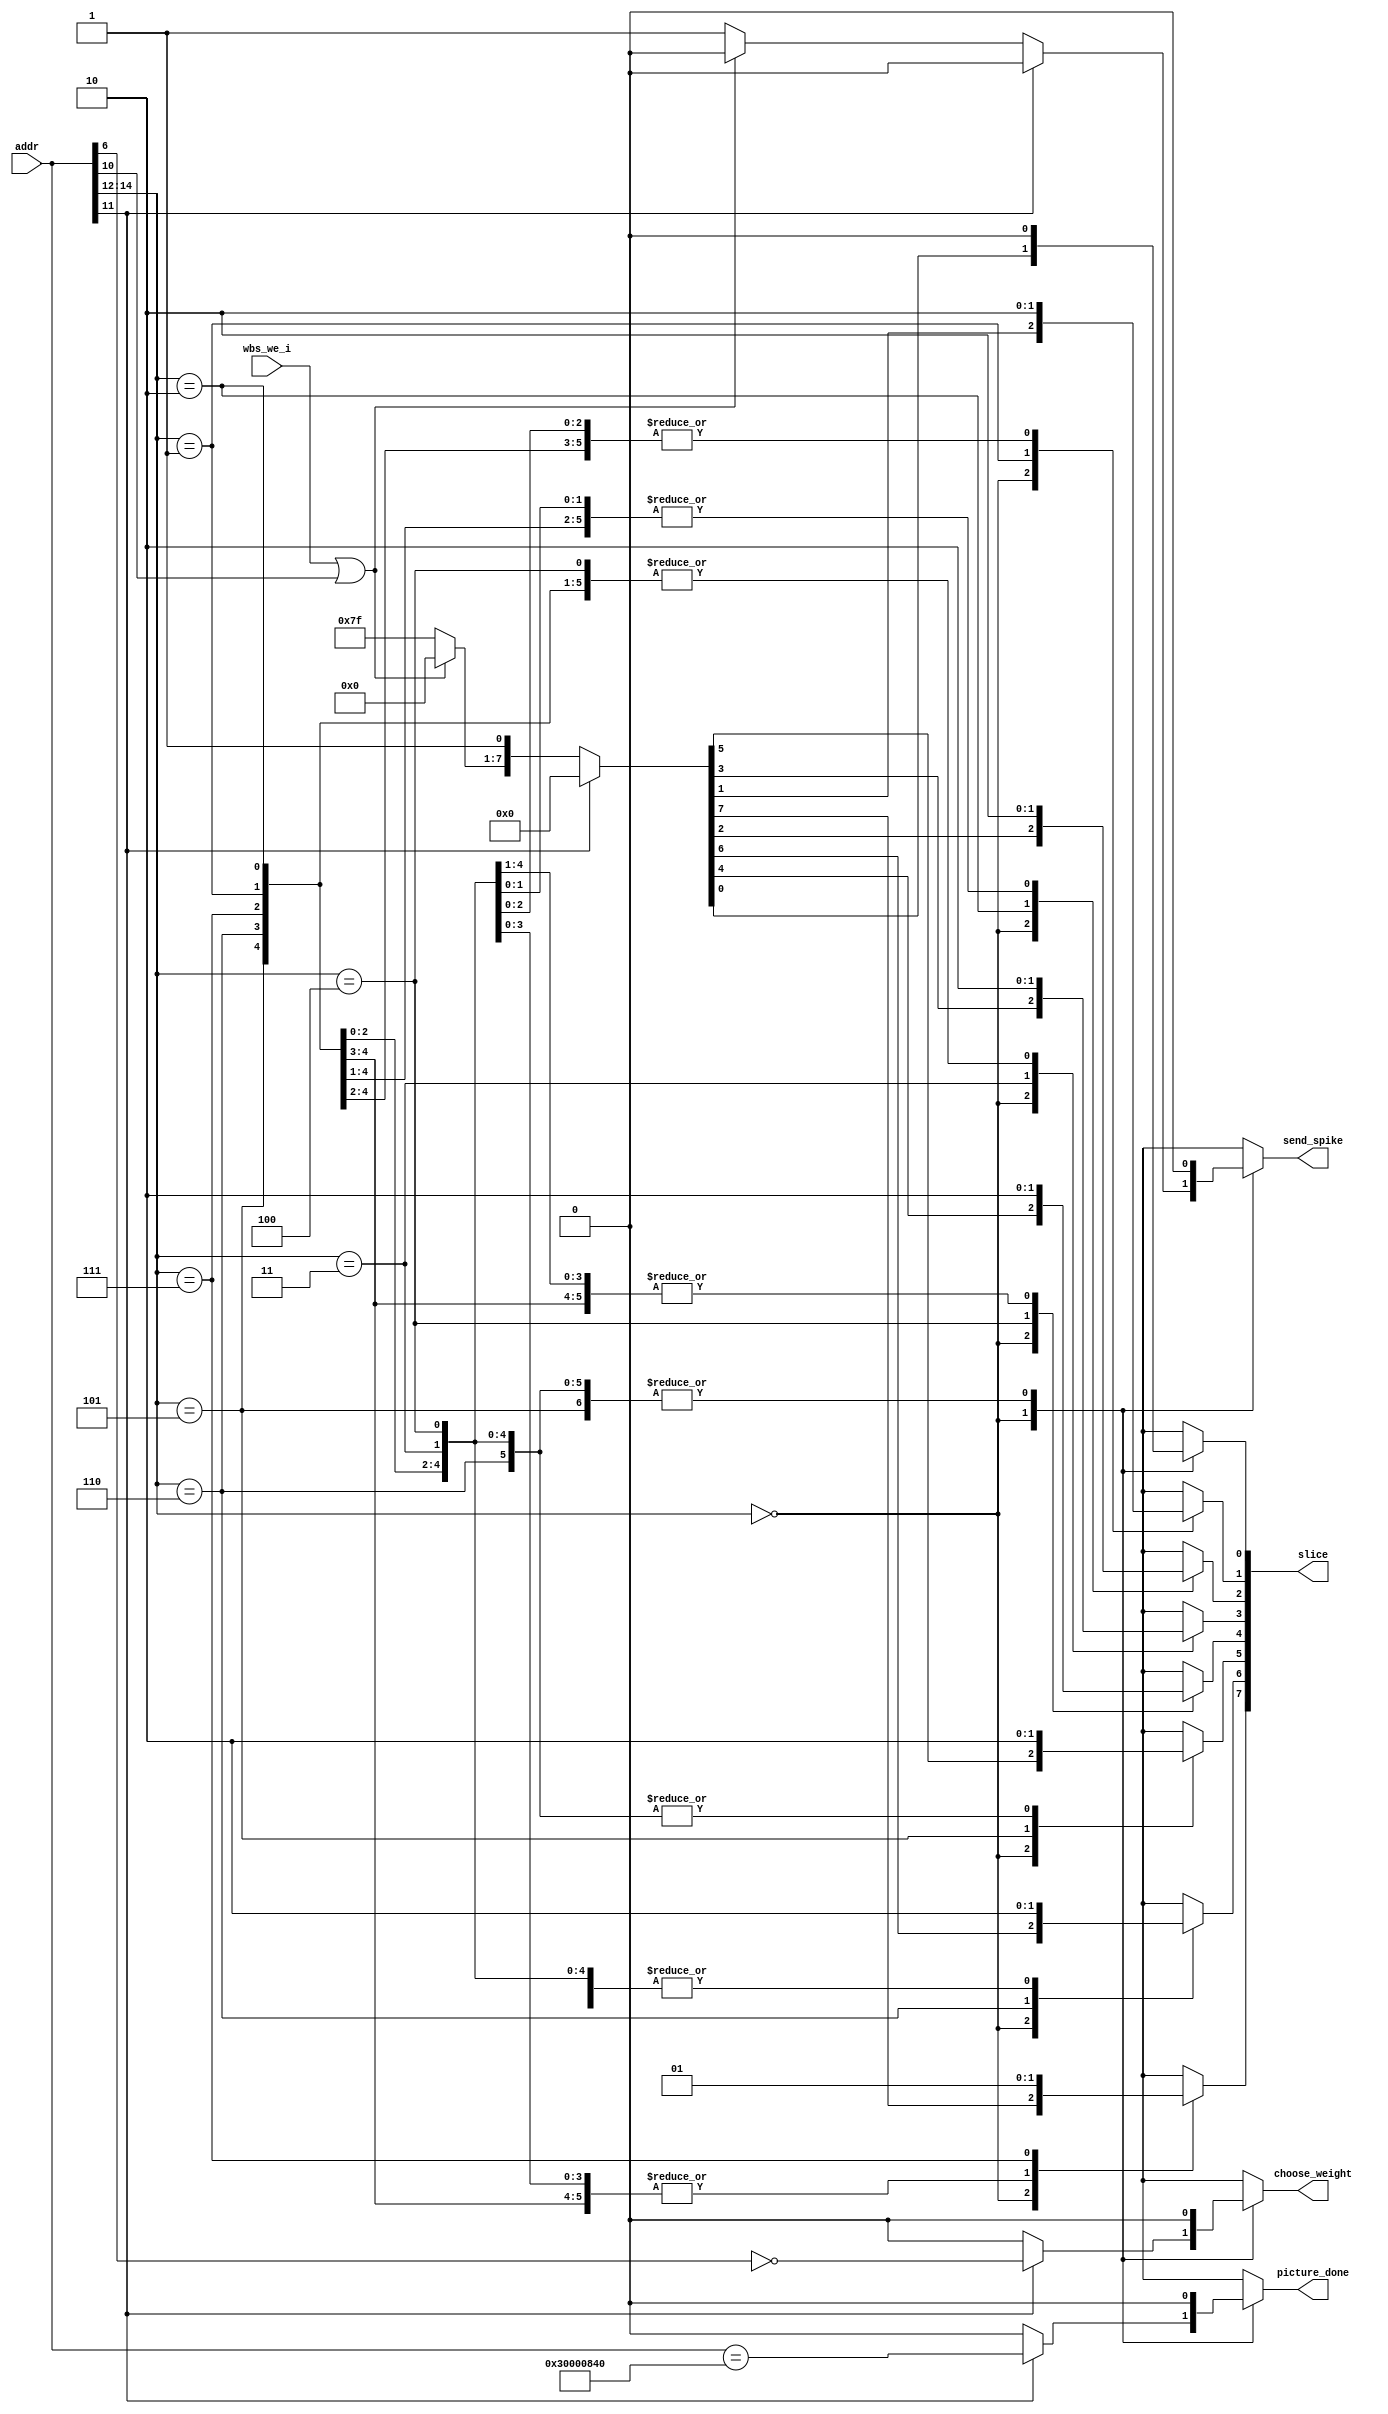
module core_decoder (
    input [31:0] addr,
    input wbs_we_i,
    output reg [NUM_OF_SLICE-1:0] slice,
    output reg choose_weight,
    output reg picture_done,
    output reg send_spike
);
    parameter NUM_OF_SLICE = 8;
    parameter DONE_PIC_ADDR = 32'h30000840;
    parameter CHOOSE_WEIGHT_BASE = 32'h30000800;

    always @(addr) begin
        // Default outputs to 0
        slice = 0;
        send_spike = 0;
        choose_weight = 0;
        picture_done = 0;

        // Decode based on addr[14:12]
        case (addr[14:12])
            0: begin
                if (addr[11]) begin
                    choose_weight = !(addr[6]);
                    picture_done = (addr==DONE_PIC_ADDR);
                end
                else begin
                    if (!(wbs_we_i || addr[10]) ) begin
                        slice = 8'b11111111;
                        send_spike = 1;
                    end
                    else begin  //addr[10] and wbs_we not both = 1
                        slice[0] = 1;
                    end
                end
            end

            1: begin
                slice[1] = 1;
            end

            2: begin
                slice[2] = 1;
            end

            3: begin
                slice[3] = 1;
            end

            4: begin
                slice[4] = 1;
            end

            5: begin
                slice[5] = 1;
            end

            6: begin
                slice[6] = 1;
            end

            7: begin
                slice[7] = 1;
            end

            default:; 
        endcase
    end

endmodule